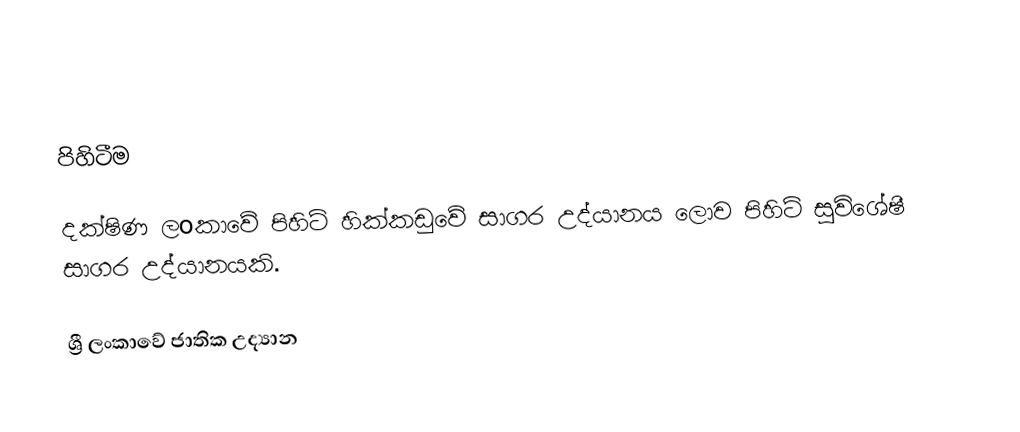

පිහිටීම

දක්ෂිණ ලoකාවේ පිහිටි හික්කඩුවේ සාගර උද්යානය ලොව පිහිටි සුවිශේෂී සාගර උද්යානයකි.

ශ්‍රී ලංකාවේ ජාතික උද්‍යාන